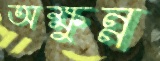
অক্ষুন্ন